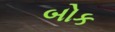
બોક